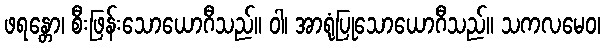
ဖရန္တော၊ စီးဖြန်းသောယောဂီသည်။ ဝါ၊ အာရုံပြုသောယောဂီသည်။ သကလမေဝ၊